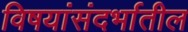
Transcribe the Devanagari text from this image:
विषयांसंदर्भातील